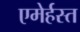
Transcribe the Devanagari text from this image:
एमेर्हस्त